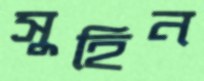
সুহিন